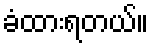
ခံထားရတယ်။